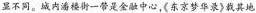
显不同。城内潘楼街一带是金融中心，《东京梦华录》载其地